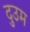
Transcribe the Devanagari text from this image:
दुउम